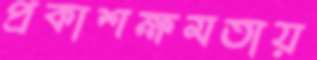
প্রকাশক্ষমতায়